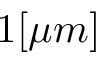
1 [ \mu m ]